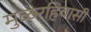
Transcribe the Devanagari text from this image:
मुळरहिवासी